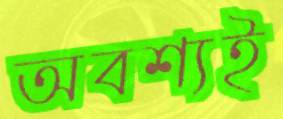
অবশ্যই